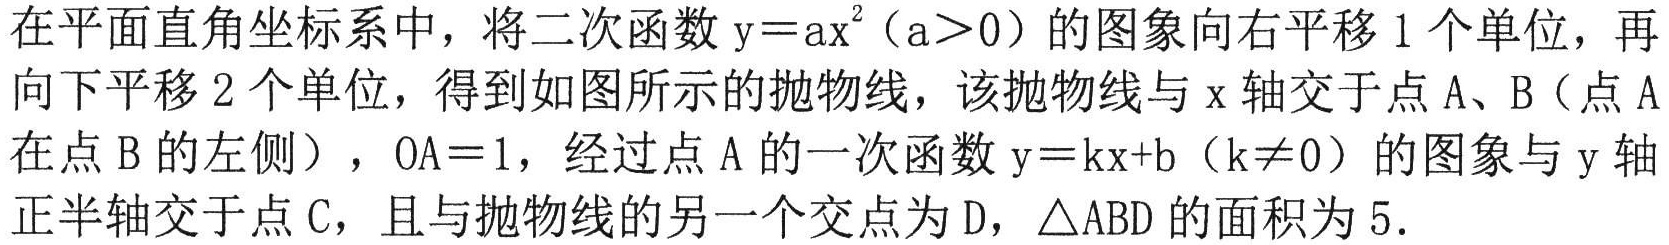
在平面直角坐标系中，将二次函数\(y = ax^{2}(a>0)\)的图象向右平移\(1\)个单位，再向下平移\(2\)个单位，得到如图所示的抛物线，该抛物线与\(x\)轴交于点\(A\)、\(B\)（点\(A\)在点\(B\)的左侧），\(OA = 1\)，经过点\(A\)的一次函数\(y = kx + b(k\neq0)\)的图象与\(y\)轴正半轴交于点\(C\)，且与抛物线的另一个交点为\(D\)，\(\triangle ABD\)的面积为\(5\)．